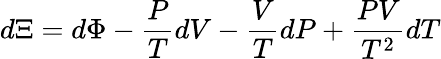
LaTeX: d\Xi=d\Phi-{\frac{P}{T}}dV-{\frac{V}{T}}dP+{\frac{PV}{T^{2}}}dT